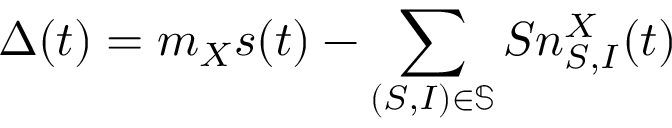
\Delta ( t ) = m _ { X } s ( t ) - \sum _ { ( S , I ) \in \mathbb { S } } S n _ { S , I } ^ { X } ( t )